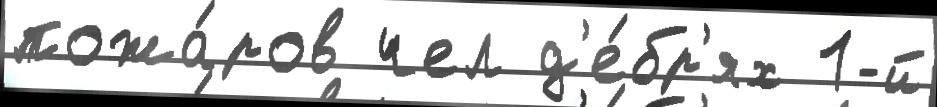
пожа́ров чел д'е́бр'ях 1-й